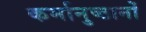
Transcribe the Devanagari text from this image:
कर्मानुष्ठानों